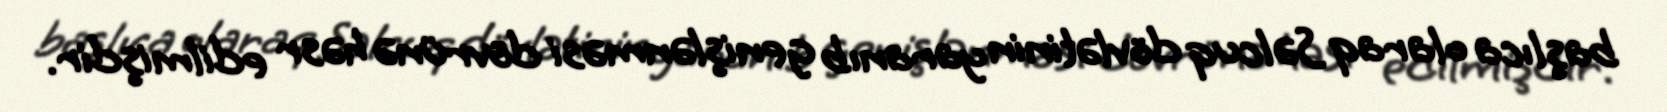
başlıca olaraq Səlcuq dövlətinin yaranıb genişlənməsi dövrünə həsr edilmişdir.